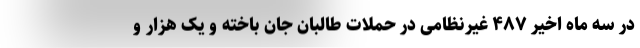
در سه ماه اخیر ۴۸۷ غیرنظامی در حملات طالبان جان باخته‌ و یک هزار و